Annual report on the health of the army in India
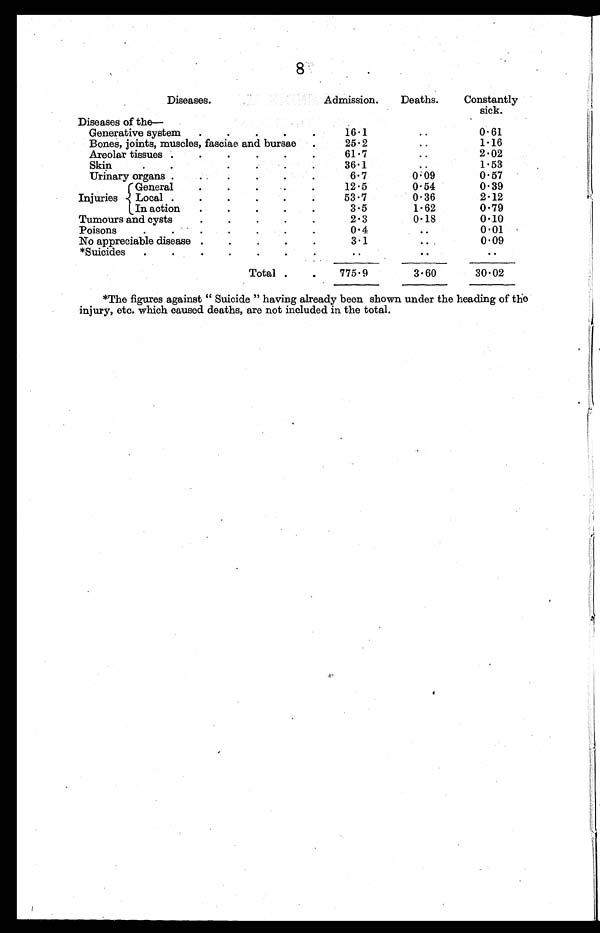
8
Diseases.
Admission.
Deaths.
Constantly
sick.
Diseases of the
•
Generative system
16.1
..
0.61
Bones, joints, muscles, fasciae and bursae
25.2
..
1.16
Areolar tissues
61.7
. .
2.02
Skin
..
1.53
Urinary organs.
.
.
.
.
0. 09
0.57
Injuries
General
.
0.54
0.39
L o c a l 0.36
2.12
In action
3.5
1.62
0.79
Tumours and cysts
2.3
0.18
0.10
Poisons
0.4
..
0.01
No appreciable disease
3.1
..
0.09
*Suicides
..
..
..
Total
775.9
3.60
30.02
*The figures against “ Suicide ” having already been shown under the heading of the
injury, etc. which caused deaths, are not included in the total.